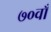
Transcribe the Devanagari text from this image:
७०वाँ